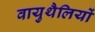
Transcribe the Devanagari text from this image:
वायुथैलियों